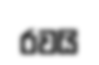
රවයි